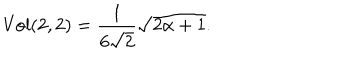
\mathrm { V o l } ( 2 , 2 ) = \frac { 1 } { 6 \sqrt { 2 } } \sqrt { 2 \alpha + 1 } .